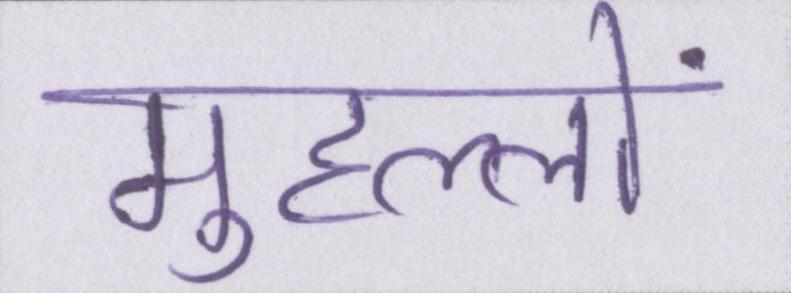
मुहल्लों